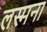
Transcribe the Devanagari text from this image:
लस्मना